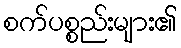
စက်ပစ္စည်းများ၏